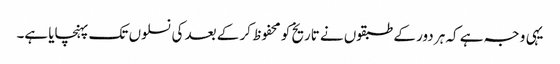
یہی وجہ ہے کہ ہر دور کے طبقوں نے تاریخ کو محفوظ کر کے بعد کی نسلوں تک پہنچایا ہے۔